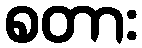
စတား